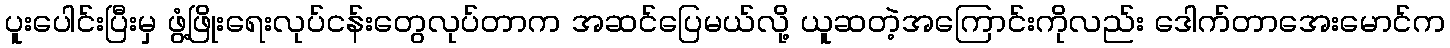
ပူးပေါင်းပြီးမှ ဖွံ့ဖြိုးရေးလုပ်ငန်းတွေလုပ်တာက အဆင်ပြေမယ်လို့ ယူဆတဲ့အကြောင်းကိုလည်း ဒေါက်တာအေးမောင်က